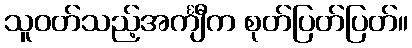
သူဝတ်သည့်အင်္ကျီက စုတ်ပြတ်ပြတ်။